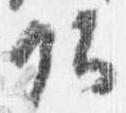
頭